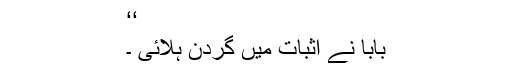
‘‘
بابا نے اثبات میں گردن ہلائی ۔